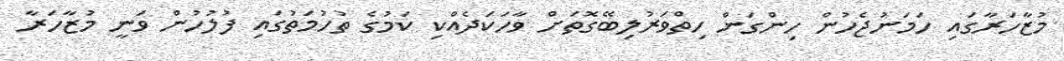
މުޒާހަރާގައި ހަމަނުޖެހުން ހިންގަން ހިތްވަރުލިބޭގޮތަށް ވާހަކަދެއްކި ކަމުގެ ތުހުމަތުގައި ފުލުހުން ވަނީ މުޒާހަރާ